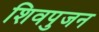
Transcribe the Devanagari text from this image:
शिवपुजन